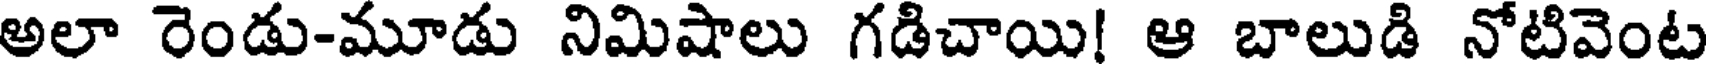
అలా రెండు-మూడు నిమిషాలు గడిచాయి! ఆ బాలుడి నోటివెంట